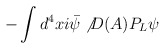
\begin{align*}-\int d^4 x i \bar{\psi} \not{D(A)} P_L \psi\end{align*}